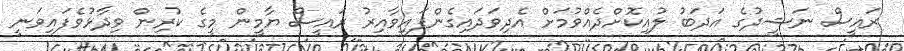
ރައީސް ނަޝީދުގެ އަދަބު ލުއިކޮށްދެއްވުމަށް އެދިވަދައިގެންފައިވާއިރު ރައީސް ޔާމީން މީގެ ކުރިން ވިދާޅުވެފައިވަނީ